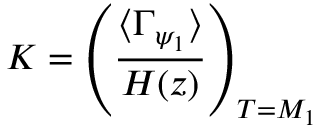
K = \left( \frac { \langle \Gamma _ { \psi _ { 1 } } \rangle } { H ( z ) } \right) _ { T = M _ { 1 } }